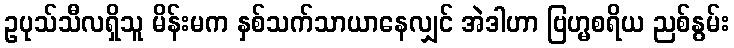
ဥပုသ်သီလရှိသူ မိန်းမက နှစ်သက်သာယာနေလျှင် အဲဒါဟာ ဗြဟ္မစရိယ ညစ်နွမ်း